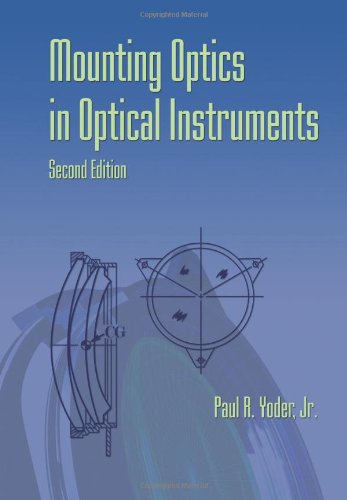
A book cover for Mounting Optics in Optical Instruments, 2nd Edition (SPIE Press Monograph Vol. PM181); Paul R. Yoder; Science & Math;